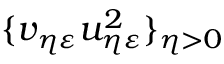
\{ v _ { \eta \varepsilon } u _ { \eta \varepsilon } ^ { 2 } \} _ { \eta > 0 }